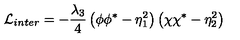
{ \cal L } _ { i n t e r } = - \frac { \lambda _ { 3 } } { 4 } \left( \phi \phi ^ { * } - \eta _ { 1 } ^ { 2 } \right) \left( \chi \chi ^ { * } - \eta _ { 2 } ^ { 2 } \right)